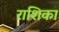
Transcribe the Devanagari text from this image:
राशिका